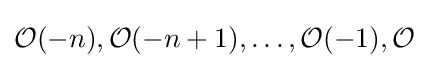
{\mathcal {O}}(-n),{\mathcal {O}}(-n+1),\ldots ,{\mathcal {O}}(-1),{\mathcal {O}}